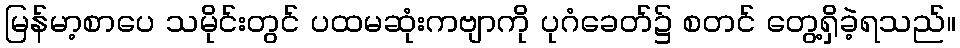
မြန်မာ့စာပေ သမိုင်းတွင် ပထမဆုံးကဗျာကို ပုဂံခေတ်၌ စတင် တွေ့ရှိခဲ့ရသည်။